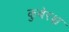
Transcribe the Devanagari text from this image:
कुबेरश्च